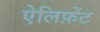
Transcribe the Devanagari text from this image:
ऐलिफ़ेंट